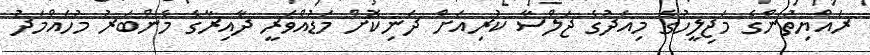
ރައްޔިތުންގެ މަޖިލީހުގެ މިއަދުގެ ޖަލްސާ ކުރިއަށް ދަނިކޮށް މަޑުއްވަރީ ދާއިރާގެ މެންބަރު މުހައްމަދު